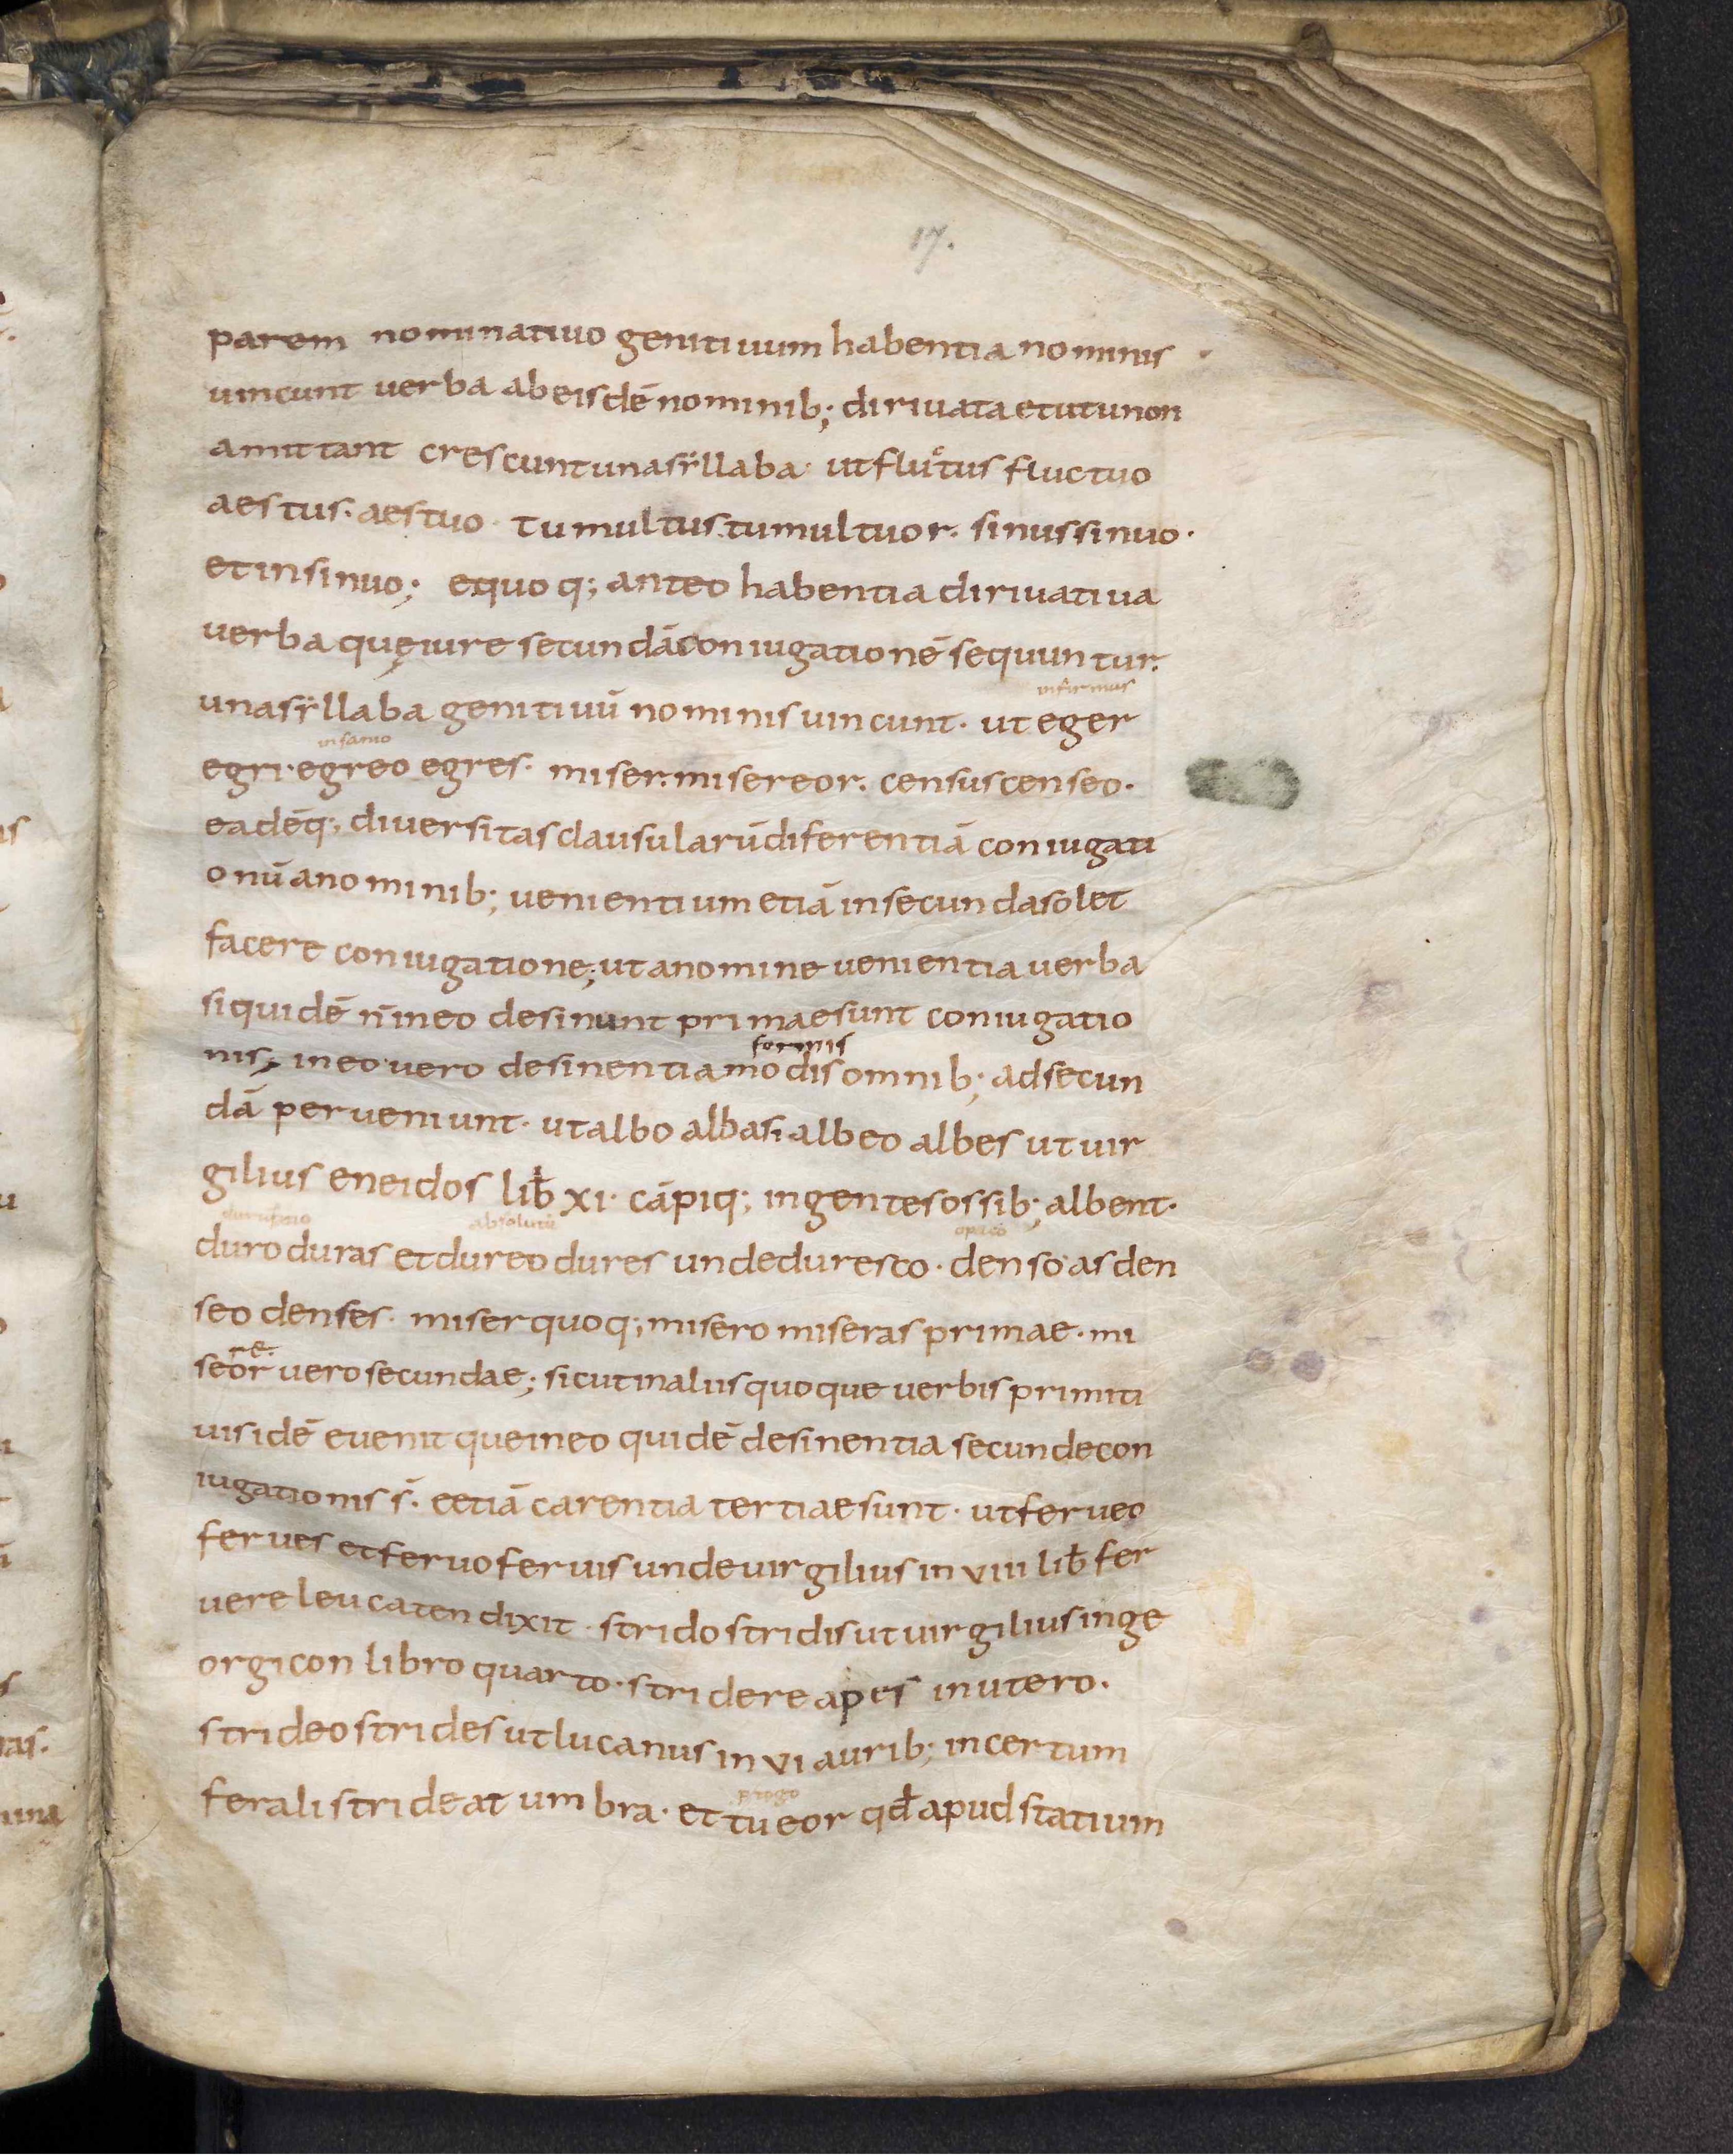
Shelfmark: Leiden, Bibliotheek der Rijksuniversiteit, Voss. Lat. O 41
Century: 9